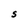
Character: S